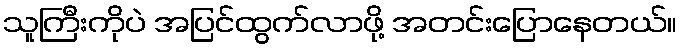
သူကြီးကိုပဲ အပြင်ထွက်လာဖို့ အတင်းပြောနေတယ်။